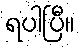
ရပါပြီ။